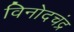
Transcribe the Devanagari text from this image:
विनोदचंद्र